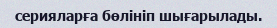
серияларға бөлініп шығарылады.